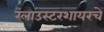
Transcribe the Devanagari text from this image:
ग्लाउस्टरशायरचे